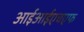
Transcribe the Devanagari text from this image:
आईआईएचएफ